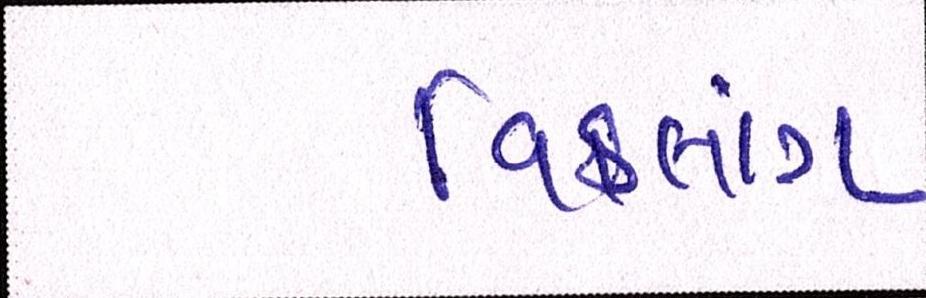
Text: વિકલાંગ